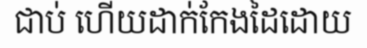
ជាប់ ហើយដាក់កែងដៃដោយ